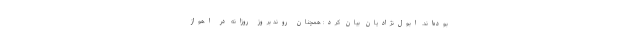
بوده‌اند. ابول‌نژادیان بیان کرد: همچنان روند بروز روزانه در اهواز